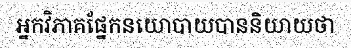
អ្នកវិភាគផ្នែកនយោបាយបាននិយាយថា